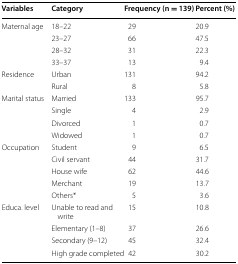
| Variables | Category | Frequency (n = 139) | Percent (%) |
 | --- | --- | --- | --- |
 | <ROWSPAN=4> Maternal age | 18–22 | 29 | 20.9 |
 | 23–27 | 66 | 47.5 |
 | 28–32 | 31 | 22.3 |
 | 33–37 | 13 | 9.4 |
 | <ROWSPAN=2> Residence | Urban | 131 | 94.2 |
 | Rural | 8 | 5.8 |
 | <ROWSPAN=4> Marital status | Married | 133 | 95.7 |
 | Single | 4 | 2.9 |
 | Divorced | 1 | 0.7 |
 | Widowed | 1 | 0.7 |
 | <ROWSPAN=5> Occupation | Student | 9 | 6.5 |
 | Civil servant | 44 | 31.7 |
 | House wife | 62 | 44.6 |
 | Merchant | 19 | 13.7 |
 | Others* | 5 | 3.6 |
 | <ROWSPAN=4> Educa. level | Unable to read and write | 15 | 10.8 |
 | Elementary (1–8) | 37 | 26.6 |
 | Secondary (9–12) | 45 | 32.4 |
 | High grade completed | 42 | 30.2 |